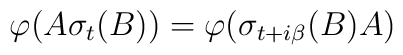
\varphi (A\sigma _{t}(B))=\varphi (\sigma _{t+i\beta }(B)A)